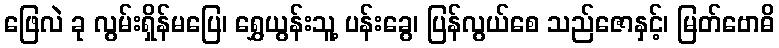
ဖြေလဲ ခု လွမ်းရှိန်မပြေ၊ ရွှေယွန်းသူ့ ပန်းခွေ၊ ပြန်လွယ်စေ သည်ဇောနှင့်၊ မြတ်ဗောဓိ